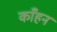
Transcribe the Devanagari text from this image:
काँहन